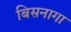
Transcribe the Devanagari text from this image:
बिसनागा